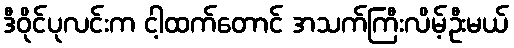
ဒီဝိုင်ပုလင်းက ငါ့ထက်တောင် အသက်ကြီးလိမ့်ဦးမယ်